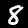
Digit: 8